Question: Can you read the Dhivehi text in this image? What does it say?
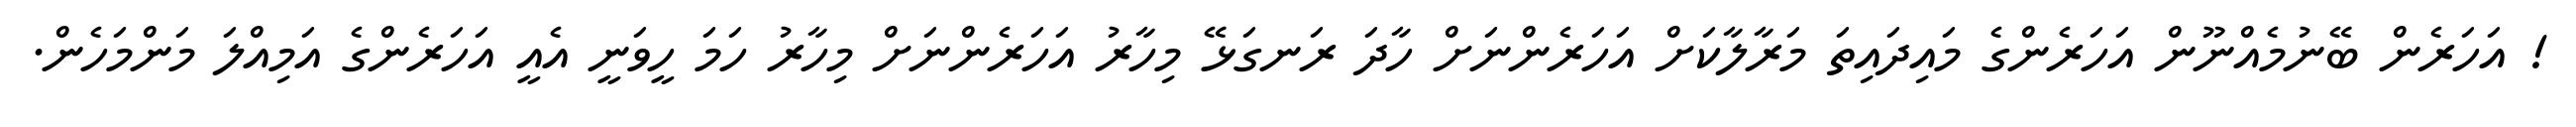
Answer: ! އަހަރެން ބޭނުމެއްނޫން އަހަރެންގެ މައިދައިތަ މަރާލާކަށް އަހަރެންނަށް ހާދަ ރަނގަޅޭ މިހާރު އަހަރެންނަށް މިހާރު ހަމަ ހީވަނީ އެއީ އަހަރެންގެ އަމިއްލަ މަންމަހެން.